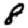
Digit: 8